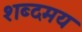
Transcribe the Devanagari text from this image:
शब्दमय